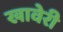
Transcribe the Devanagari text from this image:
खावेरी